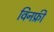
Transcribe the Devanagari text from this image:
विनफ्री